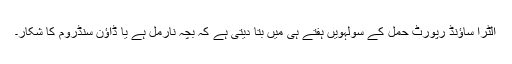
الٹرا ساؤنڈ رپورٹ حمل کے سولہویں ہفتے ہی میں بتا دیتی ہے کہ بچہ نارمل ہے یا ڈاؤن سنڈروم کا شکار۔